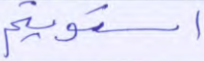
استويتم